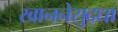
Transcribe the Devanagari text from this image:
खाननेसुद्धा